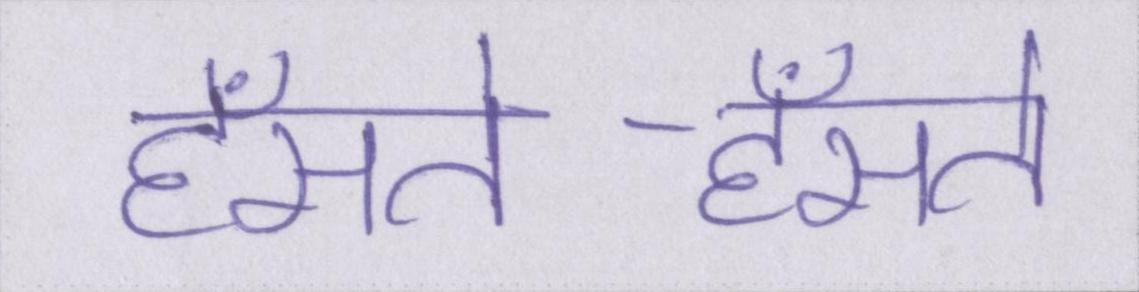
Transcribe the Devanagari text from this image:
हँसते-हँसते